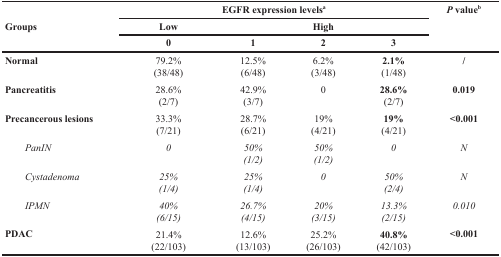
<table><thead><tr><td rowspan="3"><b>Groups</b></td><td colspan="4"><b>EGFR expression levels<sup>a</sup></b></td><td rowspan="3"><b><i>P</i> value<sup>b</sup></b></td></tr><tr><td><b>Low</b></td><td></td><td><b>High</b></td><td></td></tr><tr><td><b>0</b></td><td><b>1</b></td><td><b>2</b></td><td><b>3</b></td></tr></thead><tbody><tr><td><b>Normal</b></td><td>79.2%(38/48)</td><td>12.5%(6/48)</td><td>6.2%(3/48)</td><td><b>2.1%</b>(1/48)</td><td><b>/</b></td></tr><tr><td><b>Pancreatitis</b></td><td>28.6%(2/7)</td><td>42.9%(3/7)</td><td>0</td><td><b>28.6%</b>(2/7)</td><td><b>0.019</b></td></tr><tr><td><b>Precancerous lesions</b></td><td>33.3%(7/21)</td><td>28.7%(6/21)</td><td>19%(4/21)</td><td><b>19%</b>(4/21)</td><td><b>&lt;0.001</b></td></tr><tr><td><i>PanIN</i></td><td><i>0</i></td><td><i>50%</i><i>(1/2)</i></td><td><i>50%</i><i>(1/2)</i></td><td><i>0</i></td><td><i>N</i></td></tr><tr><td><i>Cystadenoma</i></td><td><i>25%</i><i>(1/4)</i></td><td><i>25%</i><i>(1/4)</i></td><td><i>0</i></td><td><i>50%</i><i>(2/4)</i></td><td><i>N</i></td></tr><tr><td><i>IPMN</i></td><td><i>40%</i><i>(6/15)</i></td><td><i>26.7%</i><i>(4/15)</i></td><td><i>20%</i><i>(3/15)</i></td><td><i>13.3%</i><i>(2/15)</i></td><td><i>0.010</i></td></tr><tr><td><b>PDAC</b></td><td>21.4%(22/103)</td><td>12.6%(13/103)</td><td>25.2%(26/103)</td><td><b>40.8%</b>(42/103)</td><td><b>&lt;0.001</b></td></tr></tbody></table>